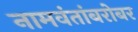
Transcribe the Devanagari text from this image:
नामवंतांबरोबर